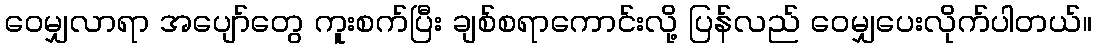
ဝေမျှလာရာ အပျော်တွေ ကူးစက်ပြီး ချစ်စရာကောင်းလို့ ပြန်လည် ဝေမျှပေးလိုက်ပါတယ်။